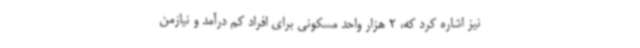
نیز اشاره کرد که، 2 هزار واحد مسکونی برای افراد کم درآمد و نیازمن